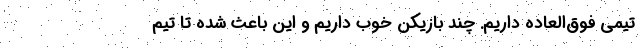
تیمی فوق‌العاده داریم. چند بازیکن خوب داریم و این باعث شده تا تیم